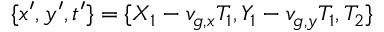
\{ x ^ { \prime } , y ^ { \prime } , t ^ { \prime } \} = \{ X _ { 1 } - v _ { g , x } T _ { 1 } , Y _ { 1 } - v _ { g , y } T _ { 1 } , T _ { 2 } \}